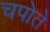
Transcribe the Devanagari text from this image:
चपोते